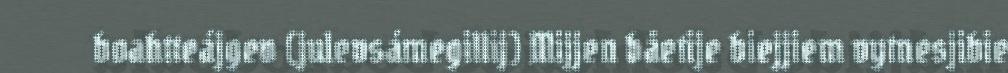
boahtteájgev (julevsámegillij) Mijjen båetije biejjiem vytnesjibie